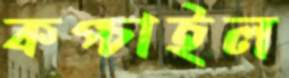
কপ্‌চাইল